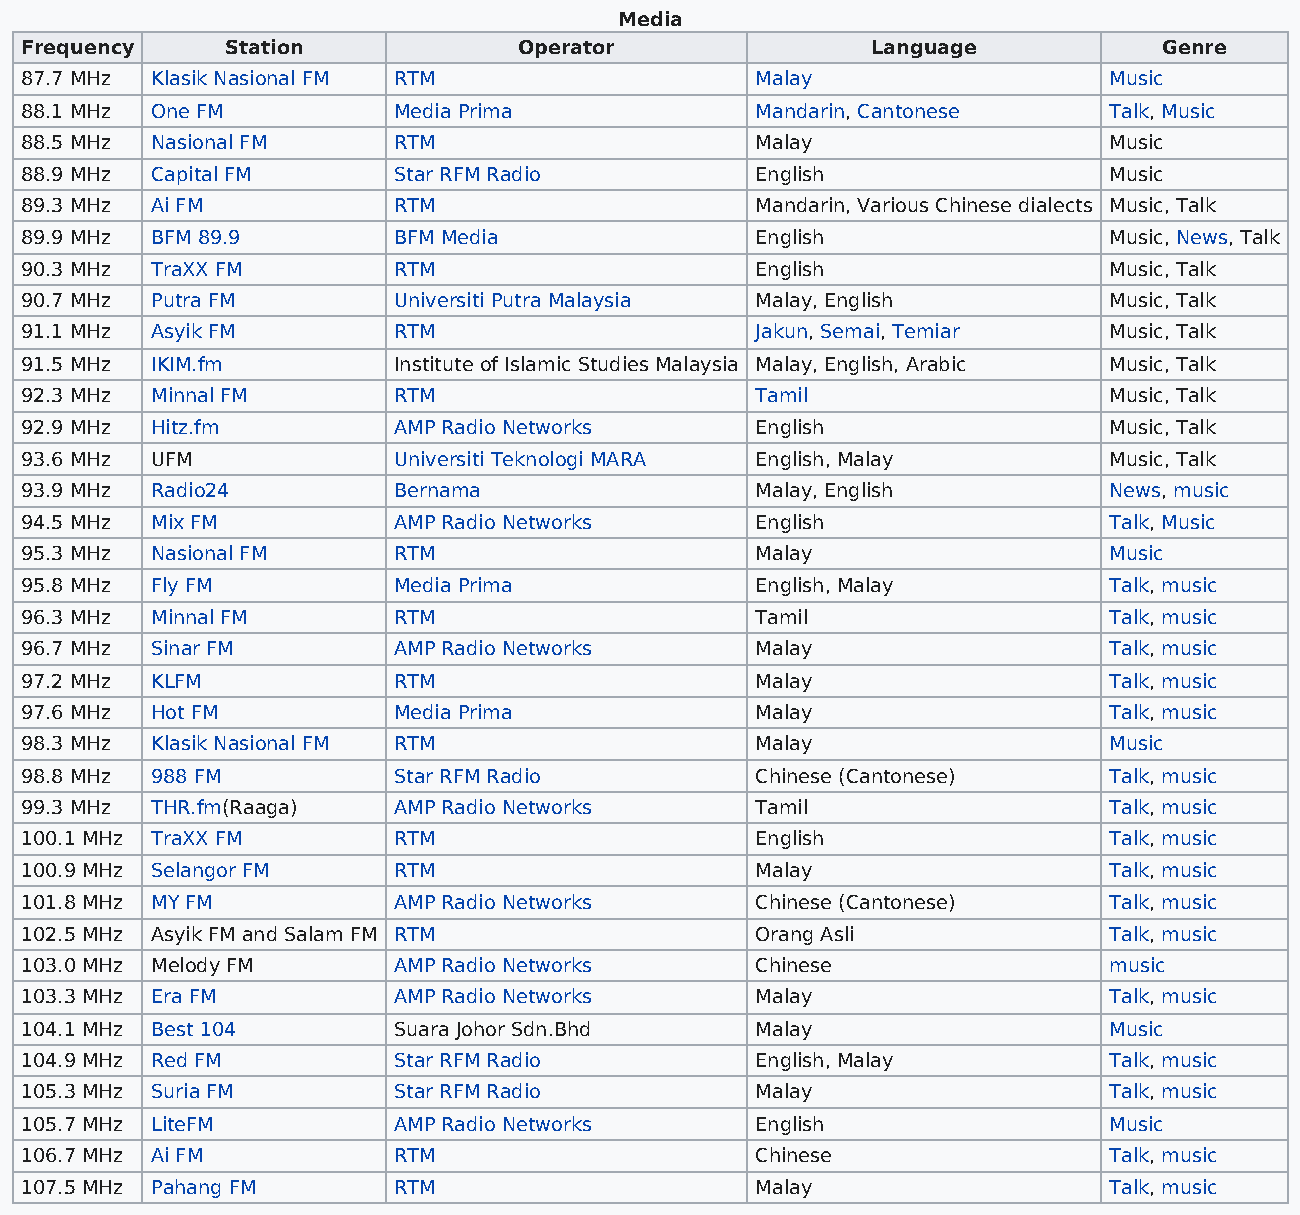
Media
 Frequency     Station            Operator                Language           Genre
 87.7 MHz Klasik Nasional FM RTM                  Malay                  Music
 88.1 MHz One FM          Media Prima             Mandarin, Cantonese    Talk, Music
 88.5 MHz Nasional FM     RTM                     Malay                  Music
 88.9 MHz Capital FM      Star RFM Radio          English                Music
 89.3 MHz Ai FM           RTM                     Mandarin, Various Chinese dialects Music, Talk
 89.9 MHz BFM 89.9        BFM Media               English                Music, News, Talk
 90.3 MHz TraXX FM        RTM                     English                Music, Talk
 90.7 MHz Putra FM        Universiti Putra Malaysia Malay, English       Music, Talk
 91.1 MHz Asyik FM        RTM                     Jakun, Semai, Temiar   Music, Talk
 91.5 MHz IKIM.fm         Institute of Islamic Studies Malaysia Malay, English, Arabic Music, Talk
 92.3 MHz Minnal FM       RTM                     Tamil                  Music, Talk
 92.9 MHz Hitz.fm         AMP Radio Networks      English                Music, Talk
 93.6 MHz UFM             Universiti Teknologi MARA English, Malay       Music, Talk
 93.9 MHz Radio24         Bernama                 Malay, English         News, music
 94.5 MHz Mix FM          AMP Radio Networks      English                Talk, Music
 95.3 MHz Nasional FM     RTM                     Malay                  Music
 95.8 MHz Fly FM          Media Prima             English, Malay         Talk, music
 96.3 MHz Minnal FM       RTM                     Tamil                  Talk, music
 96.7 MHz Sinar FM        AMP Radio Networks      Malay                  Talk, music
 97.2 MHz KLFM            RTM                     Malay                  Talk, music
 97.6 MHz Hot FM          Media Prima             Malay                  Talk, music
 98.3 MHz Klasik Nasional FM RTM                  Malay                  Music
 98.8 MHz 988 FM          Star RFM Radio          Chinese (Cantonese)    Talk, music
 99.3 MHz THR.fm(Raaga)   AMP Radio Networks      Tamil                  Talk, music
 100.1 MHz TraXX FM       RTM                     English                Talk, music
 100.9 MHz Selangor FM    RTM                     Malay                  Talk, music
 101.8 MHz MY FM          AMP Radio Networks      Chinese (Cantonese)    Talk, music
 102.5 MHz Asyik FM and Salam FM RTM              Orang Asli             Talk, music
 103.0 MHz Melody FM      AMP Radio Networks      Chinese                music
 103.3 MHz Era FM         AMP Radio Networks      Malay                  Talk, music
 104.1 MHz Best 104       Suara Johor Sdn.Bhd     Malay                  Music
 104.9 MHz Red FM         Star RFM Radio          English, Malay         Talk, music
 105.3 MHz Suria FM       Star RFM Radio          Malay                  Talk, music
 105.7 MHz LiteFM         AMP Radio Networks      English                Music
 106.7 MHz Ai FM          RTM                     Chinese                Talk, music
 107.5 MHz Pahang FM      RTM                     Malay                  Talk, music